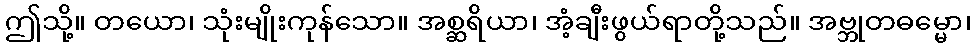
ဤသို့။ တယော၊ သုံးမျိုးကုန်သော။ အစ္ဆရိယာ၊ အံ့ချီးဖွယ်ရာတို့သည်။ အဗ္ဘုတဓမ္မော၊